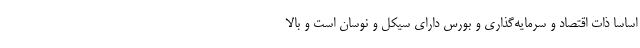
اساسا ذات اقتصاد و سرمایه‌گذاری و بورس دارای سیکل و نوسان است و بالا